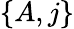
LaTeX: \{ A,j\}